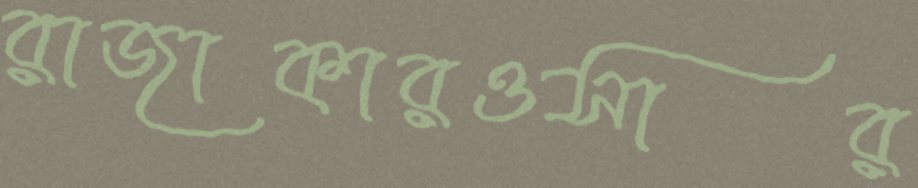
রাজাকারওসার